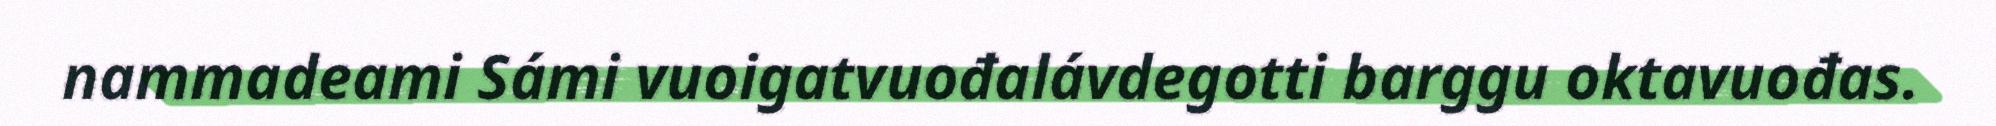
nammadeami Sámi vuoigatvuođalávdegotti barggu oktavuođas.